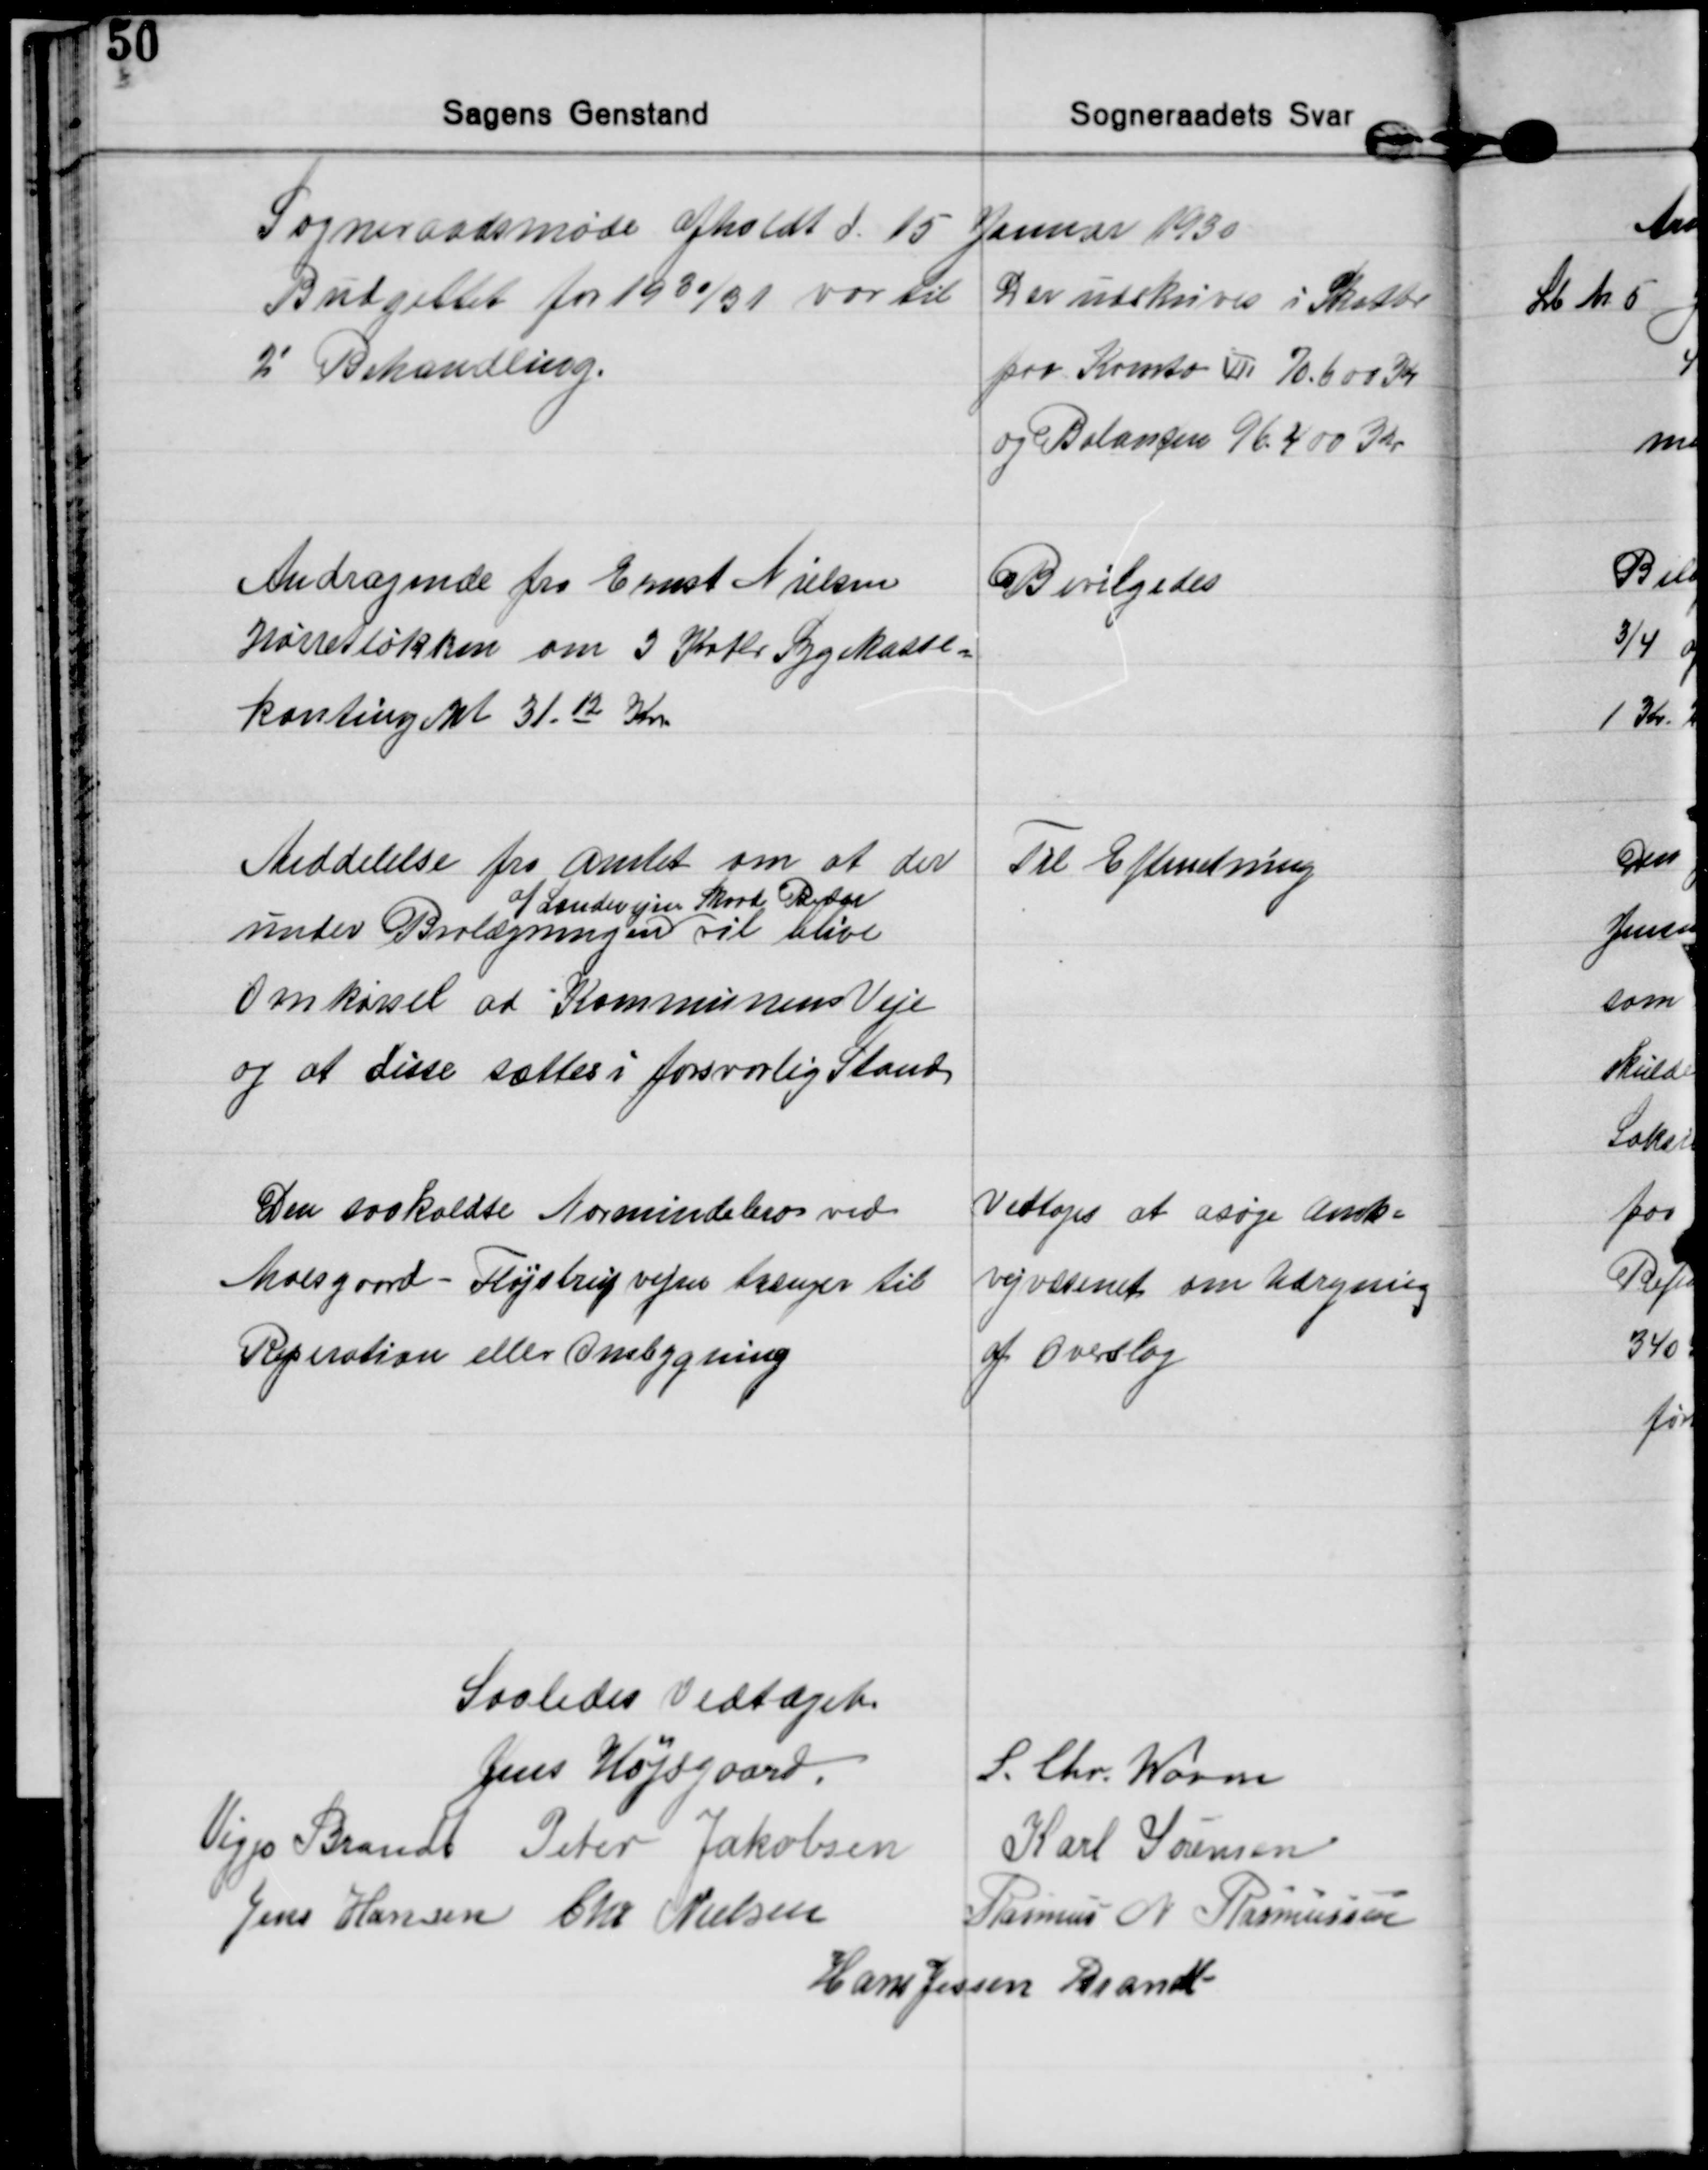
Transskription:
Sogneraadsmøde afholdt d. 15 Januar 1930

Budgettet for 1930/31 var til
2' Behandling.
Der udskrives i Skatter
paa Konto III 70.600 Kr
og Balancen 96.400 Kr

Andragende fra Ernst Nielsen
Hørretløkken om 3 Kvtlr Sygekasse=
kontingent 31.12 Kr.
Bevilgedes

Meddelelse fra Amtet om at der
under Brolægningen 
af Landevejen Skaade Beder 
vil blive
Omkørsel ad Kommunens Veje
og at disse sættes i forsvarlig Stand
Til Efterretning

Den saakaldte Norsmindebro ved
Moesgaard - Fløjstrupvejen trænger til
Reperation eller Ombygning
Vedtoges at asøge Amts=
vejvæsenet om Udregning
af Overslag

Saaledes Vedtaget
Jens Højsgaard.
S. Chr. Worm
Viggo Brandt Peter Jakobsen Karl Sørensen
Jens Hansen Chr. Nielsen Rasmus N. Rasmussen
Hans Jessen Brandt